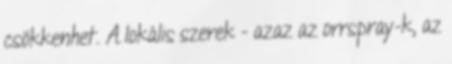
csökkenhet. A lokális szerek - azaz az orrspray-k, az